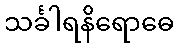
သင်္ခါရနိရောဓေ